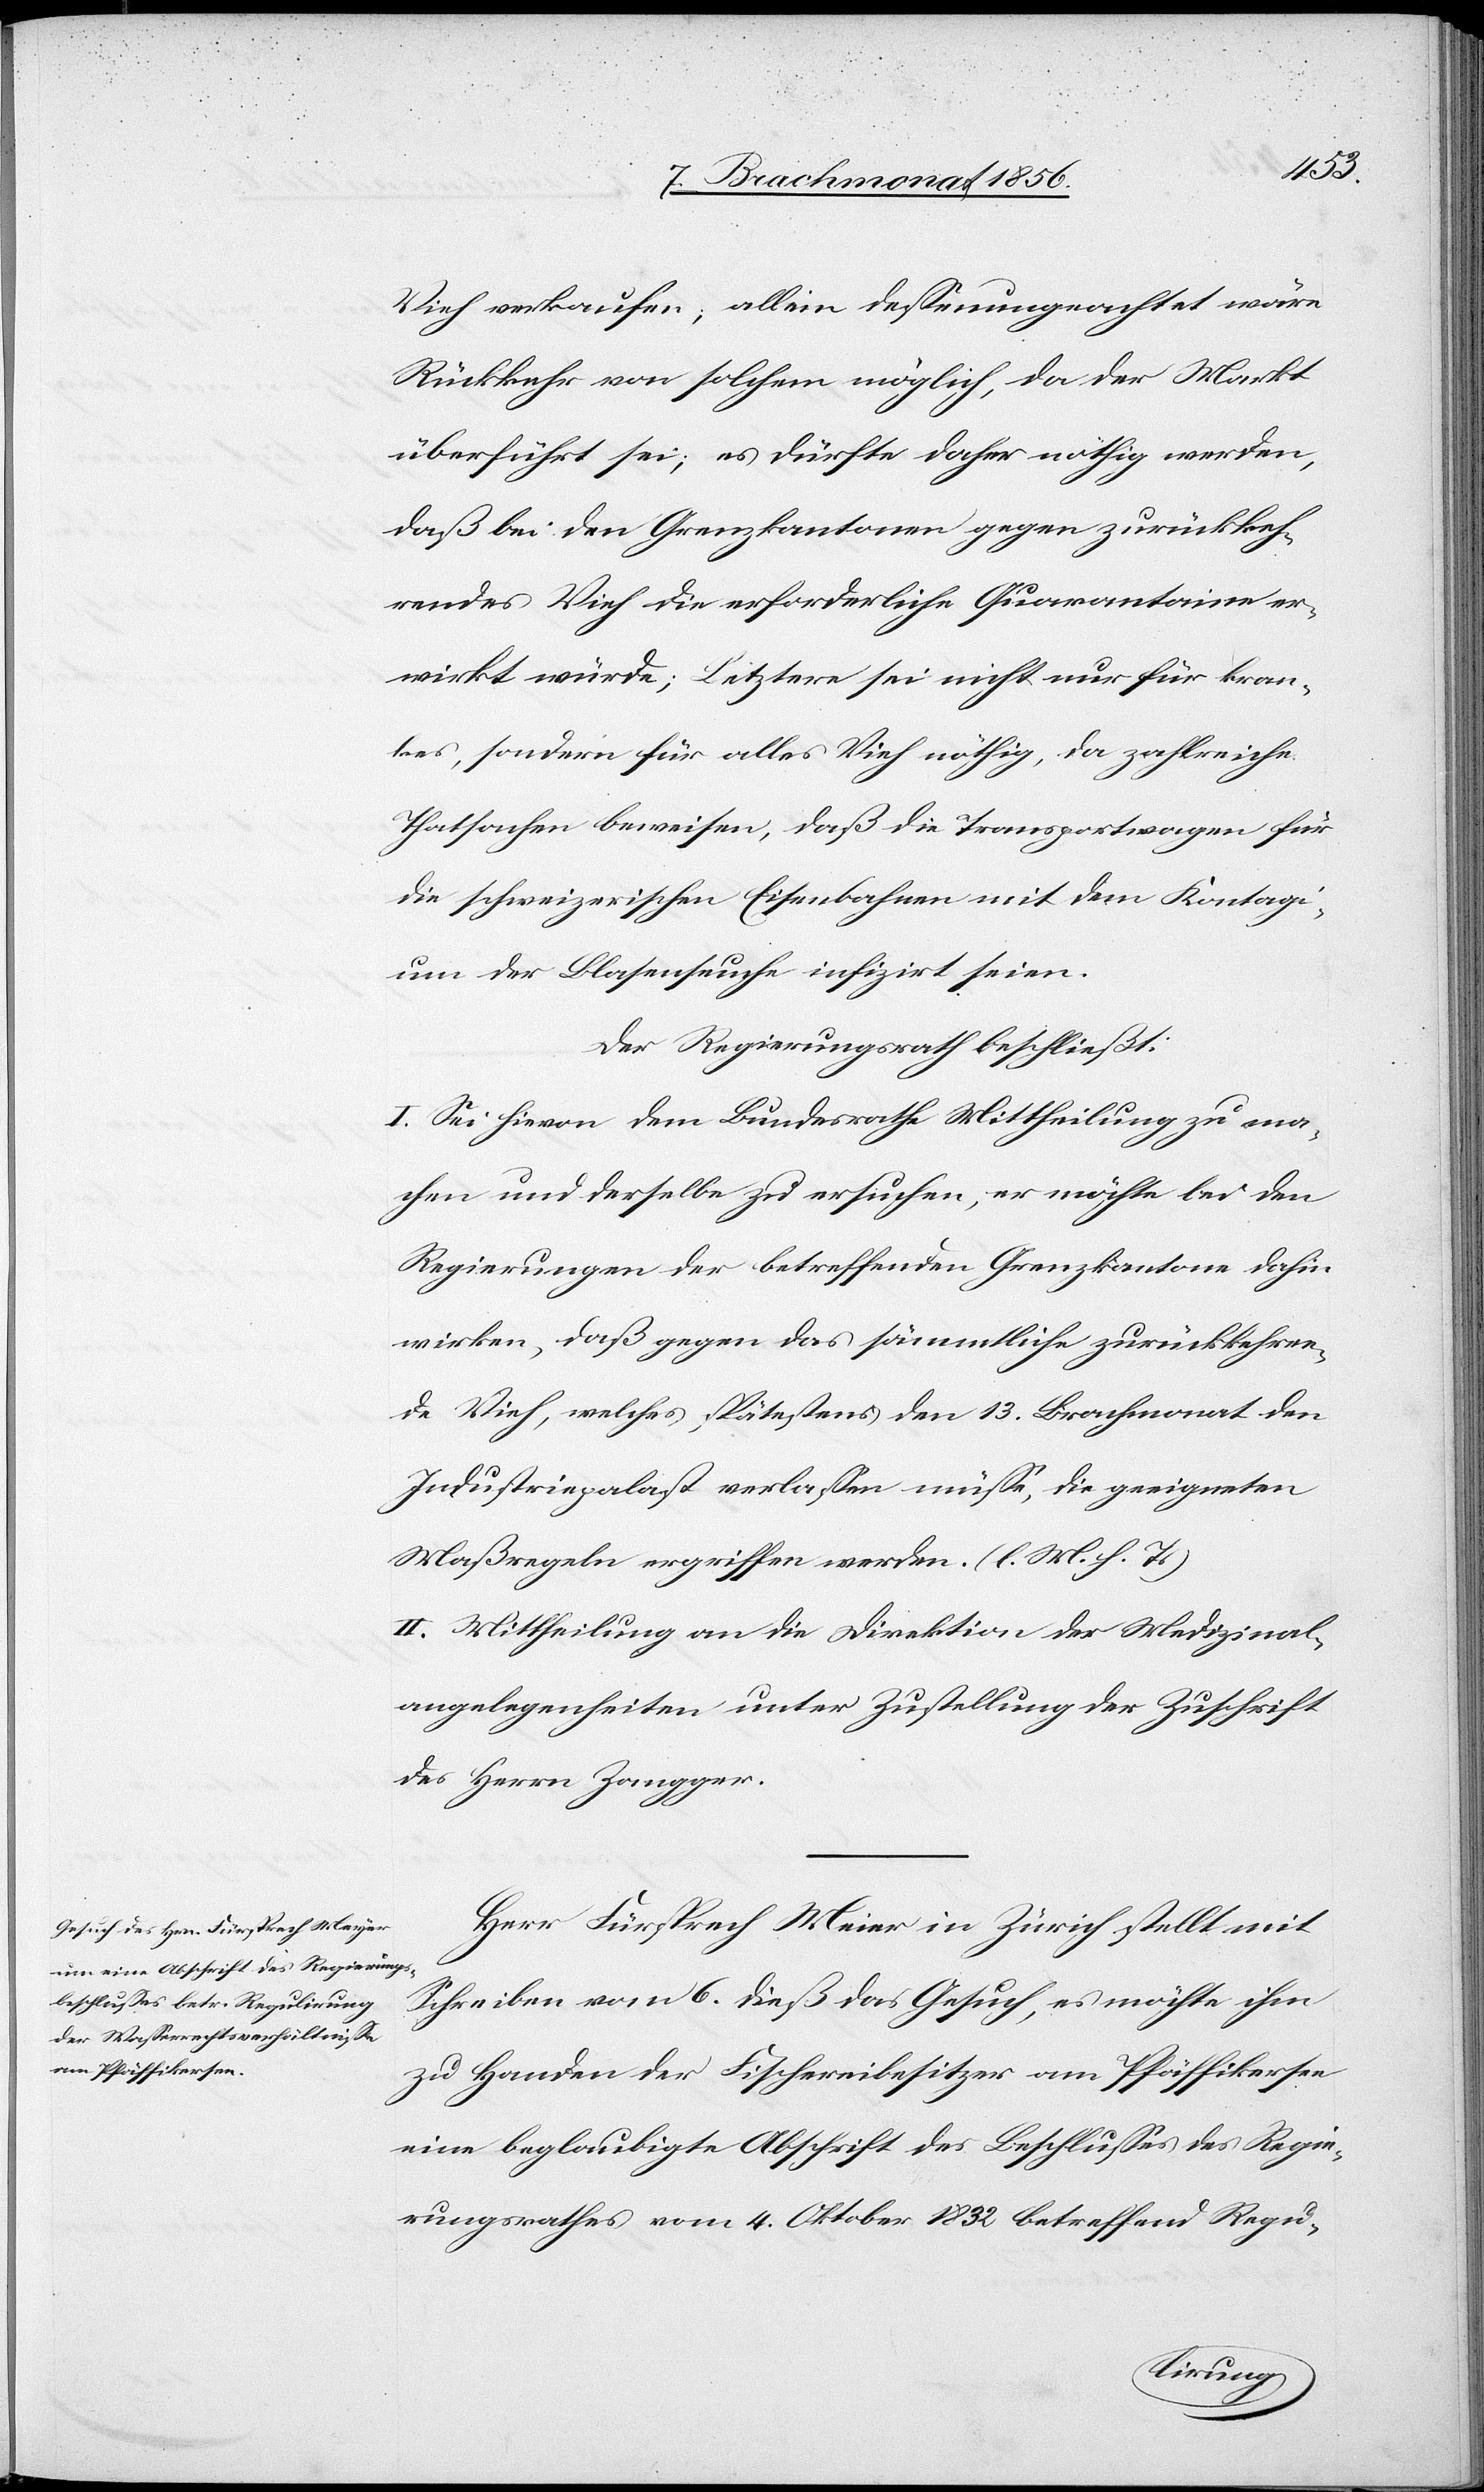
Vieh verkaufen; allein dessenungeachtet wäre
Rückkehr von solchem möglich, da der Markt
überführt sei; es dürfte daher nöthig werden,
daß bei den Grenzkantonen gegen zurückkeh¬
rendes Vieh die erforderliche Quarantaine er¬
wirkt würde; Letztere sei nicht nur für kran¬
kes, sondern für alles Vieh nöthig, da zahlreiche
Thatsachen beweisen, daß die Transportwagen für
die schweizerischen Eisenbahnen mit dem Kontagi¬
um der Blasenseuche infizirt seien.
Der Regierungsrath beschließt:
I. Sei hievon dem Bundesrathe Mittheilung zu ma¬
chen und derselbe zu ersuchen, er möchte bei den
Regierungen der betreffenden Grenzkantone dahin
wirken, daß gegen das sämmtliche zurückkehren¬
de Vieh, welches spätestens den 13. Brachmonat den
Industriepalast verlassen müsse, die geeigneten
Maßregeln ergriffen werden. (l. M. h. T.)
II. Mittheilung an die Direktion der Medizinal¬
angelegenheiten unter Zustellung der Zuschrift
des Herrn Zangger.
Herr Fürsprech Meier [sic!] in Zürich stellt mit
Schreiben vom 6. dieß das Gesuch, es möchte ihm
zu Handen der Fischereibesitzer am Pfäffikersee
eine beglaubigte Abschrift des Beschlusses des Regie¬
rungsrathes vom 4. Oktober 1832 betreffend Regu-